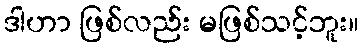
ဒါဟာ ဖြစ်လည်း မဖြစ်သင့်ဘူး။